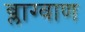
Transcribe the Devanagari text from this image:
ब्लाग्वाण